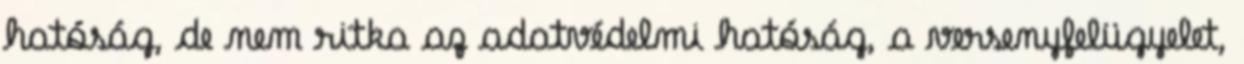
hatóság, de nem ritka az adatvédelmi hatóság, a versenyfelügyelet,